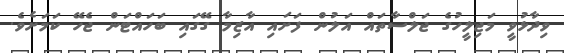
ވިދާޅުވީ މަޖިލީހުގެ ޖަލްސާތައް އަލުން ފަށައި އާޒިމާ ގޭގައި ބަހައްޓަން ޖެހޭ ކަމަށެވެ.